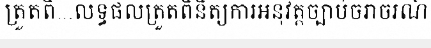
ត្រួតពិ...លទ្ធផលត្រួតពិនិត្យការអនុវត្តច្បាប់ចរាចរណ៍